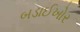
બડાઈખોર